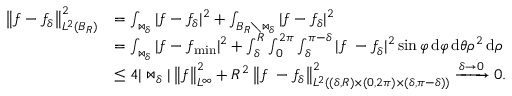
\begin{array} { r l } { \left\| f - f _ { \delta } \right\| _ { L ^ { 2 } ( B _ { R } ) } ^ { 2 } } & { = \int _ { \bowtie _ { \delta } } | f - f _ { \delta } | ^ { 2 } + \int _ { B _ { R } \setminus \bowtie _ { \delta } } | f - f _ { \delta } | ^ { 2 } } \\ & { = \int _ { \bowtie _ { \delta } } | f - f _ { \operatorname* { m i n } } | ^ { 2 } + \int _ { \delta } ^ { R } \int _ { 0 } ^ { 2 \pi } \int _ { \delta } ^ { \pi - \delta } | f ^ { \bigstar } - f _ { \delta } ^ { \bigstar } | ^ { 2 } \sin \varphi \, \mathrm { d } \varphi \, \mathrm { d } \theta \rho ^ { 2 } \, \mathrm { d } \rho } \\ & { \le 4 | \bowtie _ { \delta } | \left\| f \right\| _ { L ^ { \infty } } ^ { 2 } + R ^ { 2 } \left\| f ^ { \bigstar } - f _ { \delta } ^ { \bigstar } \right\| _ { L ^ { 2 } ( ( \delta , R ) \times ( 0 , 2 \pi ) \times ( \delta , \pi - \delta ) ) } ^ { 2 } \xrightarrow { \delta \to 0 } 0 . } \end{array}